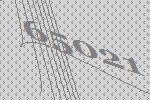
65021